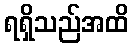
ရရှိသည်အထိ